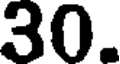
30.